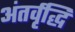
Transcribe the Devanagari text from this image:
अंतर्वृद्धि